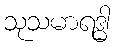
သုသမာရဒ္ဓါ